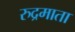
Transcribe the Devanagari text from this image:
रुद्रमाता